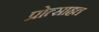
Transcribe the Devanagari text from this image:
प्रोत्साहत